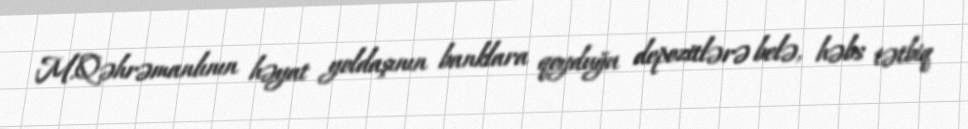
M.Qəhrəmanlının həyat yoldaşının banklara qoyduğu depozitlərə belə, həbs tətbiq